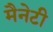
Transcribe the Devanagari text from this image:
मैनेटी